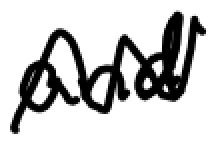
Text: and
Cross-out: zig-zag
Writing tool: digital_black